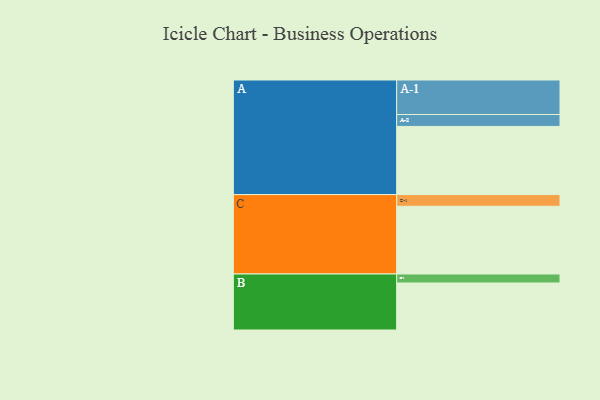
{"axis": {"x": "Segment", "y": "Value"}, "legend": ["", "A", "B", "C"], "data": [{"x": "A", "y": 583, "type": ""}, {"x": "B", "y": 402, "type": ""}, {"x": "C", "y": 579, "type": ""}, {"x": "A-1", "y": 295, "type": "A"}, {"x": "A-2", "y": 102, "type": "A"}, {"x": "B-1", "y": 77, "type": "B"}, {"x": "C-1", "y": 100, "type": "C"}]}